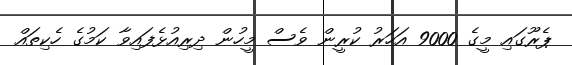
ޕެރޫގައި މީގެ 9000 އަހަރު ކުރީން ވެސް މީހުން ދިރިއުޅެފައިވާ ކަމުގެ ހެކިތައް